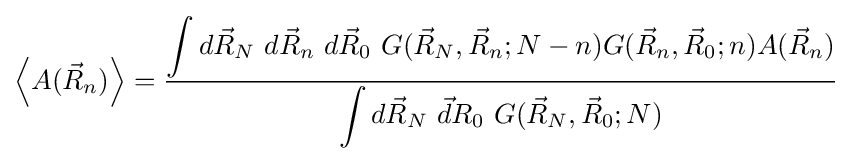
\left\langle A({\vec {R}}_{n})\right\rangle ={\frac {\displaystyle \int d{\vec {R}}_{N}~d{\vec {R}}_{n}~d{\vec {R}}_{0}~G({\vec {R}}_{N},{\vec {R}}_{n};N-n)G({\vec {R}}_{n},{\vec {R}}_{0};n)A({\vec {R}}_{n})}{\displaystyle \int d{\vec {R}}_{N}~{\vec {d}}R_{0}~G({\vec {R}}_{N},{\vec {R}}_{0};N)}}